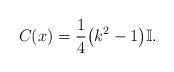
LaTeX: \begin{gather*} C(x)=\frac{1}{4}\big(k^2-1\big) \mathbb{I}.\end{gather*}